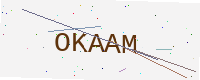
Text: OKAAM